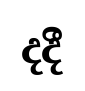
දදී